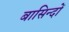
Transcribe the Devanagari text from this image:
बासिन्दों